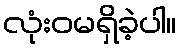
လုံးဝမရှိခဲ့ပါ။